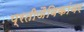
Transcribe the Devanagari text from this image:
प्रतीजैविकांवर